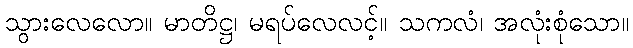
သွားလေလော။ မာတိဋ္ဌ၊ မရပ်လေလင့်။ သကလံ၊ အလုံးစုံသော။